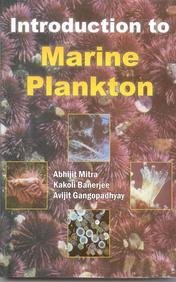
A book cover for Introduction to Marine Plankton; Abhijit Mitra; Science & Math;